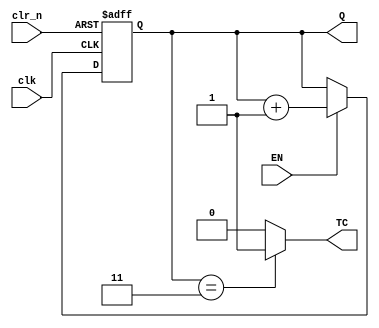
module cnt4 (
				input clk, EN, clr_n,
				output reg [1:0] Q,
				output TC
				);

always @ (posedge clk or negedge clr_n)
begin
	if(~clr_n)
		Q <= 2'd0;
	else
		if(EN)
			Q <= Q + 2'd1;
		
end

assign TC = (Q == 2'd3) ? 1'b1 : 1'b0;
				
endmodule